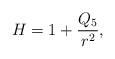
LaTeX: \begin{align*}H = 1 + \frac{Q_5}{r^2},\end{align*}